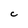
Character: C